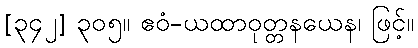
[၃၄၂] ၃၀၅။ ဧဝံ-ယထာဝုတ္တနယေန၊ ဖြင့်။